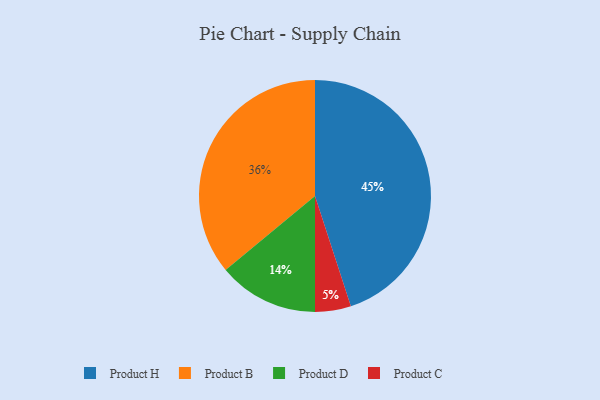
{"axis": {"x": "Category", "y": "Percentage"}, "legend": ["Product B", "Product C", "Product D", "Product H"], "data": [{"x": "Product D", "y": 14, "type": "Product D"}, {"x": "Product H", "y": 45, "type": "Product H"}, {"x": "Product C", "y": 5, "type": "Product C"}, {"x": "Product B", "y": 36, "type": "Product B"}]}